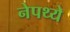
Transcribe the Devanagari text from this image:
नेपथ्ये